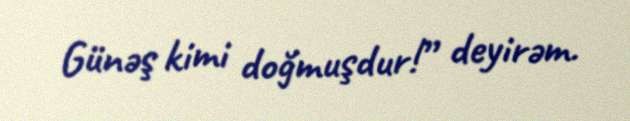
Günəş kimi doğmuşdur!” deyirəm.